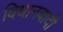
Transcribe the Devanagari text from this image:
विधानवादी